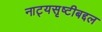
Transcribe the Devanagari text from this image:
नाट्यसृष्टीबद्दल